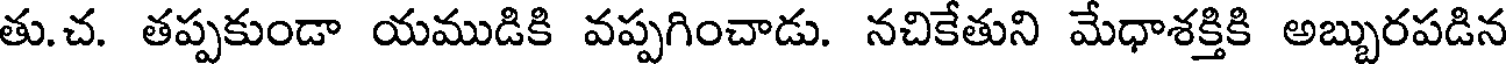
తు.చ. తప్పకుండా యముడికి వప్పగించాడు. నచికేతుని మేధాశక్తికి అబ్బురపడిన